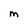
Character: M